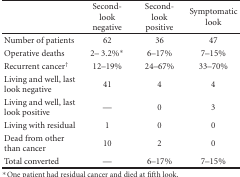
<table><thead><tr><td></td><td><b>Second-look negative</b></td><td><b>Second-look positive</b></td><td><b>Symptomatic look</b></td></tr></thead><tbody><tr><td>Number of patients</td><td>62</td><td>36</td><td>47</td></tr><tr><td>Operative deaths</td><td>2– 3.2%*</td><td>6–17%</td><td>7–15%</td></tr><tr><td>Recurrent cancer<sup>†</sup></td><td>12–19%</td><td>24–67%</td><td>33–70%</td></tr><tr><td>Living and well, last look negative</td><td>41</td><td>4</td><td>4</td></tr><tr><td>Living and well, last look positive</td><td>—</td><td>0</td><td>3</td></tr><tr><td>Living with residual</td><td>1</td><td>0</td><td>0</td></tr><tr><td>Dead from other than cancer</td><td>10</td><td>2</td><td>0</td></tr><tr><td>Total converted</td><td>—</td><td>6–17%</td><td>7–15%</td></tr></tbody></table>